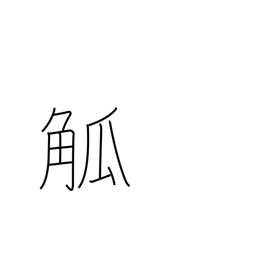
Meaning: cup